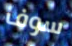
سوف